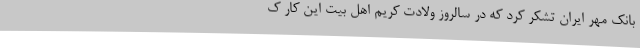
بانک مهر ایران تشکر کرد که در سالروز ولادت کریم اهل بیت این کار ک